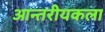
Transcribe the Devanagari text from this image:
आन्तरीयकला